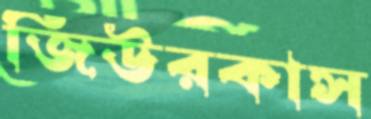
জিউরকাস